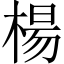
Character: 楊